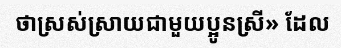
ថាស្រស់ស្រាយជាមួយប្អូនស្រី» ដែល